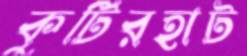
কুটিরহাট